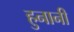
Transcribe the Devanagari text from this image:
हुनानी